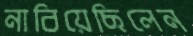
নাবিয়েছিলেন